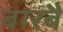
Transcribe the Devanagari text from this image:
बारबै